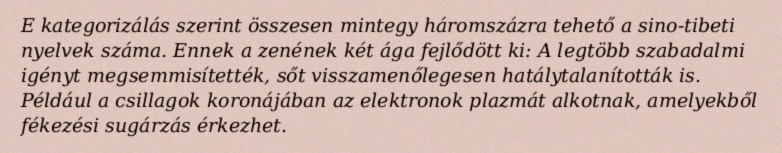
E kategorizálás szerint összesen mintegy háromszázra tehető a sino-tibeti nyelvek száma. Ennek a zenének két ága fejlődött ki: A legtöbb szabadalmi igényt megsemmisítették, sőt visszamenőlegesen hatálytalanították is. Például a csillagok koronájában az elektronok plazmát alkotnak, amelyekből fékezési sugárzás érkezhet.